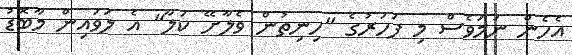
އެހެން ނަމަވެސް މި ފަހަރުގެ "ހިނިތުން ވެލާށޭ ކަލާ" އެ ލަވައިން މާބޮޑު